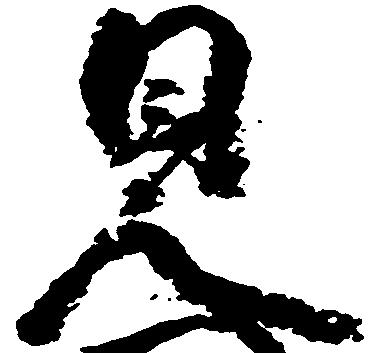
見